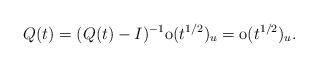
LaTeX: \begin{align*}&Q(t)=(Q(t)-I)^{-1}\mathrm{o}(t^{1/2})_u=\mathrm{o}(t^{1/2})_u.\end{align*}